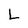
Character: L